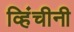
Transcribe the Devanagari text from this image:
व्हिंचीनी